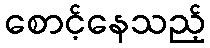
စောင့်နေသည့်